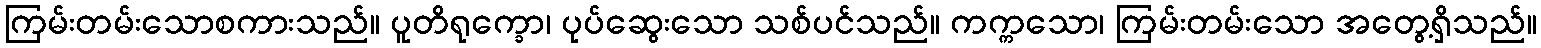
ကြမ်းတမ်းသောစကားသည်။ ပူတိရုက္ခော၊ ပုပ်ဆွေးသော သစ်ပင်သည်။ ကက္ကသော၊ ကြမ်းတမ်းသော အတွေ့ရှိသည်။